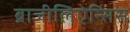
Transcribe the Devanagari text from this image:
ब्राजीलिऐन्सिस